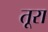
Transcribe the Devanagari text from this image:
तूरा